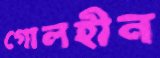
গোলহীন